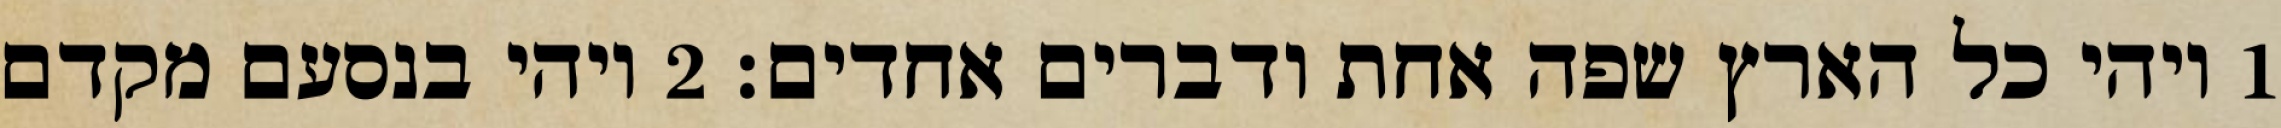
1 ויהי כל הארץ שפה אחת ודברים אחדים׃ ‎2‏ ויהי בנסעם מקדם